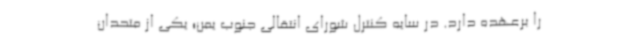
را برعهده دارد. در سایه کنترل شورای انتقالی جنوب یمن؛ یکی از متحدان